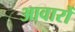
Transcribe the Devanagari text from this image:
आवारों